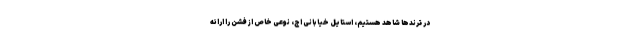
در ترندها شاهد هستیم، استایل خیابانی اِج، نوعی خاص از فشن را ارائه